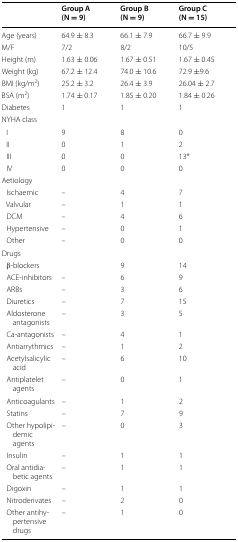
<table><thead><tr><td></td><td><b>Group A (N = 9)</b></td><td><b>Group B (N = 9)</b></td><td><b>Group C (N = 15)</b></td></tr></thead><tbody><tr><td>Age (years)</td><td>64.9 ± 8.3</td><td>66.1 ± 7.9</td><td>66.7 ± 9.9</td></tr><tr><td>M/F</td><td>7/2</td><td>8/2</td><td>10/5</td></tr><tr><td>Height (m)</td><td>1.63 ± 0.06</td><td>1.67 ± 0.51</td><td>1.67 ± 0.45</td></tr><tr><td>Weight (kg)</td><td>67.2 ± 12.4</td><td>74.0 ± 10.6</td><td>72.9 ±9.6</td></tr><tr><td>BMI (kg/m<sup>2</sup>)</td><td>25.2 ± 3.2</td><td>26.4 ± 3.9</td><td>26.04 ± 2.7</td></tr><tr><td>BSA (m<sup>2</sup>)</td><td>1.74 ± 0.17</td><td>1.85 ± 0.20</td><td>1.84 ± 0.26</td></tr><tr><td>Diabetes</td><td>1</td><td>1</td><td>1</td></tr><tr><td colspan="4">NYHA class</td></tr><tr><td> I</td><td>9</td><td>8</td><td>0</td></tr><tr><td> II</td><td>0</td><td>1</td><td>2</td></tr><tr><td> III</td><td>0</td><td>0</td><td>13*</td></tr><tr><td> IV</td><td>0</td><td>0</td><td>0</td></tr><tr><td colspan="4">Aetiology</td></tr><tr><td> Ischaemic</td><td>–</td><td>4</td><td>7</td></tr><tr><td> Valvular</td><td>–</td><td>1</td><td>1</td></tr><tr><td> DCM</td><td>–</td><td>4</td><td>6</td></tr><tr><td> Hypertensive</td><td>–</td><td>0</td><td>1</td></tr><tr><td> Other</td><td>–</td><td>0</td><td>0</td></tr><tr><td colspan="4">Drugs</td></tr><tr><td> β-blockers</td><td></td><td>9</td><td>14</td></tr><tr><td> ACE-inhibitors</td><td>–</td><td>6</td><td>9</td></tr><tr><td> ARBs</td><td>–</td><td>3</td><td>6</td></tr><tr><td> Diuretics</td><td>–</td><td>7</td><td>15</td></tr><tr><td> Aldosterone antagonists</td><td>–</td><td>3</td><td>5</td></tr><tr><td> Ca-antagonists</td><td>–</td><td>4</td><td>1</td></tr><tr><td> Antiarrythmics</td><td>–</td><td>1</td><td>2</td></tr><tr><td> Acetylsalicylic acid</td><td>–</td><td>6</td><td>10</td></tr><tr><td> Antiplatelet agents</td><td>–</td><td>0</td><td>1</td></tr><tr><td> Anticoagulants</td><td>–</td><td>1</td><td>2</td></tr><tr><td> Statins</td><td>–</td><td>7</td><td>9</td></tr><tr><td> Other hypolipidemic agents</td><td>–</td><td>0</td><td>3</td></tr><tr><td> Insulin</td><td>–</td><td>1</td><td>1</td></tr><tr><td> Oral antidiabetic agents</td><td>–</td><td>1</td><td>1</td></tr><tr><td> Digoxin</td><td>–</td><td>1</td><td>1</td></tr><tr><td> Nitroderivates</td><td>–</td><td>2</td><td>0</td></tr><tr><td> Other antihypertensive drugs</td><td>–</td><td>1</td><td>0</td></tr></tbody></table>